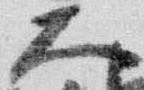
大